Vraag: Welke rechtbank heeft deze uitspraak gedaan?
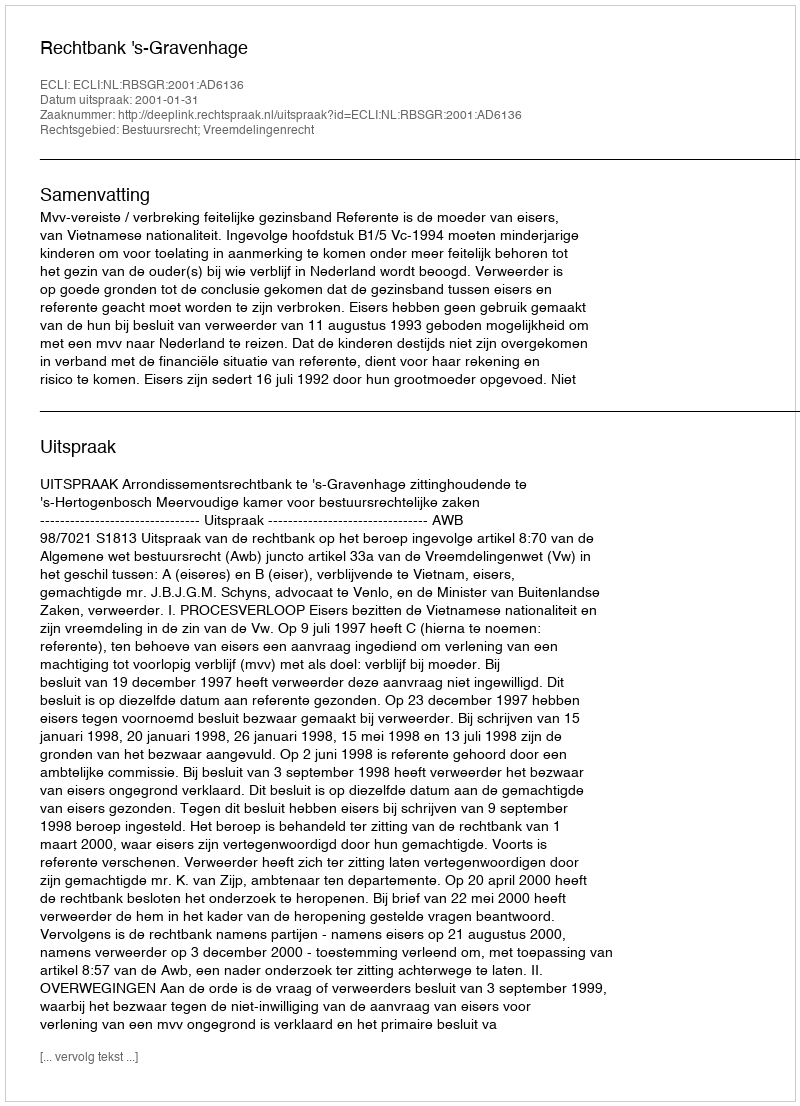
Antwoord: Rechtbank 's-Gravenhage